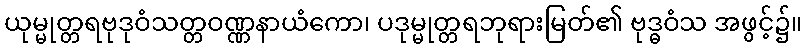
ယုမ္မုတ္တရဗုဒုဝံသတ္တဝဏ္ဏနာယံကော၊ ပဒုမ္မုတ္တရဘုရားမြတ်၏ ဗုဒ္ဓဝံသ အဖွင့်၌။